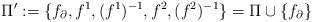
LaTeX: \begin{align*}\Pi':=\{f_{\partial},f^1, (f^1)^{-1},f^2,(f^2)^{-1}\}=\Pi\cup\{f_{\partial}\}\end{align*}